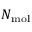
N _ { \mathrm { m o l } }